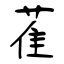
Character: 萑